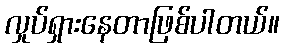
လှုပ်ရှားနေတာဖြစ်ပါတယ်။